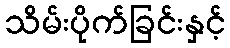
သိမ်းပိုက်ခြင်းနှင့်